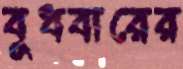
বুধবারের